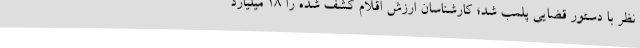
نظر با دستور قضایی پلمب شد؛ کارشناسان ارزش اقلام کشف شده را 18 میلیارد